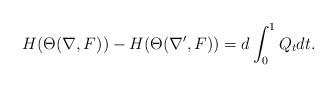
LaTeX: \begin{align*} H(\Theta(\nabla,F))-H(\Theta(\nabla',F))=d\int^1_0Q_tdt.\end{align*}